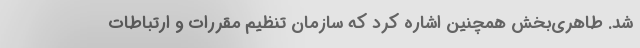
شد. طاهری‌بخش همچنین اشاره کرد که سازمان تنظیم مقررات و ارتباطات